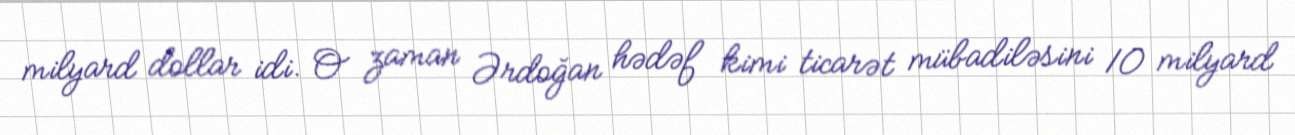
milyard dollar idi. O zaman Ərdoğan hədəf kimi ticarət mübadiləsini 10 milyard